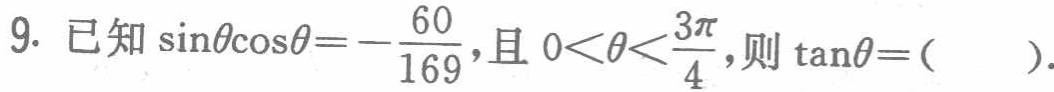
9. 已知\(\sin\theta\cos\theta = -\frac{60}{169}\)，且\(0 < \theta < \frac{3\pi}{4}\)，则\(\tan\theta = (\ \ \ \ \ )\).